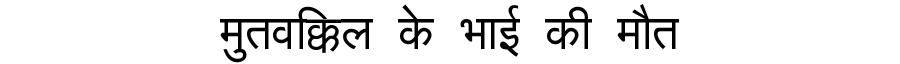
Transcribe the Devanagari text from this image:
मुतवक्किल के भाई की मौत